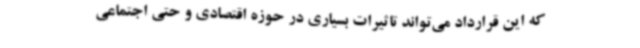
که این قرارداد می‌تواند تاثیرات بسیاری در حوزه اقتصادی و حتی اجتماعی